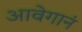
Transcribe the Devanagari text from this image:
आवेगानं